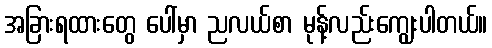
အခြားရထားတွေ ပေါ်မှာ ညလယ်စာ မုန့်လည်းကျွေးပါတယ်။